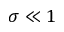
\sigma \ll 1